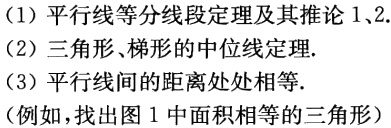
(1) 平行线等分线段定理及其推论1,2.

(2) 三角形、梯形的中位线定理.

(3) 平行线间的距离处处相等.

(例如，找出图1中面积相等的三角形)